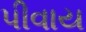
પીવાય